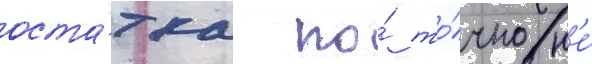
оста́тка по́ то́чно н'е́